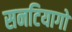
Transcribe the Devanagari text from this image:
सनटियागो